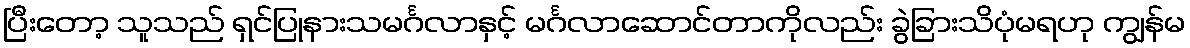
ပြီးတော့ သူသည် ရှင်ပြုနားသမင်္ဂလာနှင့် မင်္ဂလာဆောင်တာကိုလည်း ခွဲခြားသိပုံမရဟု ကျွန်မ